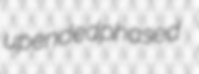
upended phased